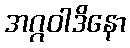
အဂ္ဂဝါဒိနော